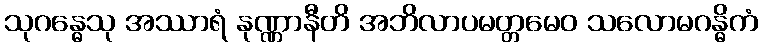
သုဂန္ဓေသု အဿာရံ နုဏ္ဏာနီတိ အဘိလာပမတ္တမေဝ သလောမဂန္ဓိကံ